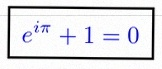
e^{i\pi}+1=0